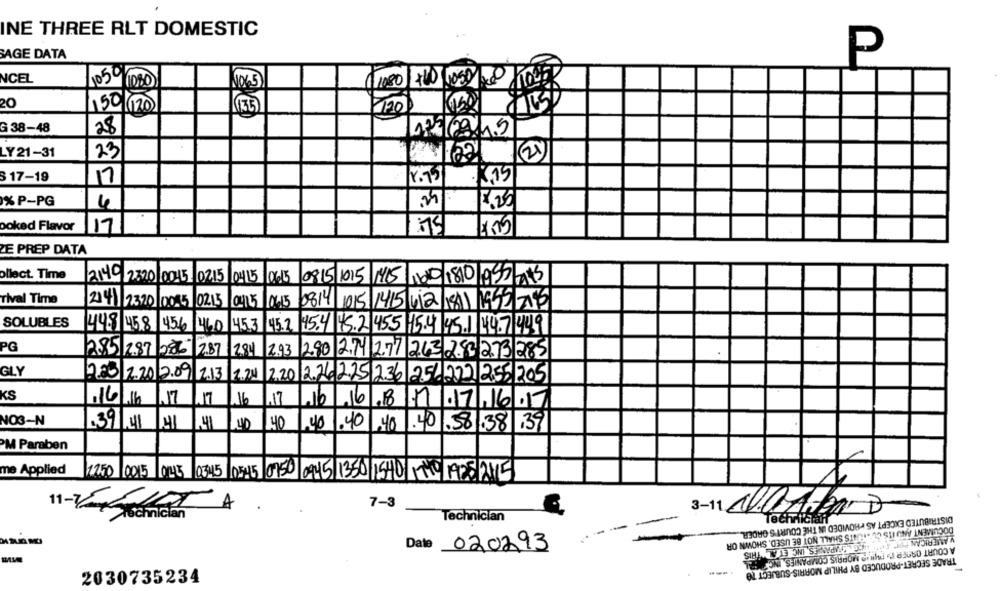
INE THREE RLT DOMESTIC
SAGE DATA
P
1050
(1080 +60 LOSDe KOUT
NCEL
1080
1065
20
150/120
135
120
G 38-48
28
022242
LY 21-31
23
S 17-19
17
% P-PG
4
ooked Flavor
17
1.05
75
ZE PREP DATA
ollect. Time
2149 2320/0015 02.15 0415/06.15
0915 1015 1415 00 180/095 115
rival Time
214 23:20 00.5 02/15 0015 0615 0814 1015 1415 612 1841 1552 2489
SOLUBLES
448 458 454 460
45.3 45.2 45.4 45.2 455 15.4 45.1 44.7499
PG
2.85 2.87 226 2.87 2.84 2.93
2.90 2.74 2.77 263 250 273 285
GLY
225 2.20 2.09
2.3 2.20 2.20 2.26225 236 251222 255/ 205
KS
/16/16
17
16
17
1.16
.18
7.7.16.17
NO3-N
.39/41
41
40
.40
.40
40
.40
.40.58 .38 ,39
PM Paraben
me Applied
12.50 0015 05 03.5 05:15 0750 0945 136
1540 -TO MOS 215
11-2010
7-3
3-11 NOAH3 D
Technician
Technician
DISTRIBUTED EXCEPT AS PROVIDED IN THE COURT'S ORDER ...
DOCUMENT AND ITS CULFUNITS SHALL NOT BE USED, SHOWN OR
V AMERICAN POT TO
Date 020293
A COURT ORDER IT- [WRID MORRIS COMPANIES, ING? CR
TRADE SECRET-PRODUCED BY PHILIP MORRIS-SUBJECT TO
...
2030735234